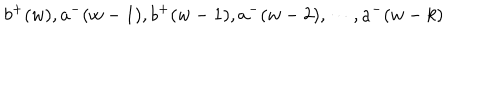
LaTeX: b ^ { + } ( w ) , a ^ { - } ( w - 1 ) , b ^ { + } ( w - 1 ) , a ^ { - } ( w - 2 ) , \cdots , a ^ { - } ( w - k )